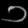
Digit: ၁